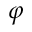
\varphi